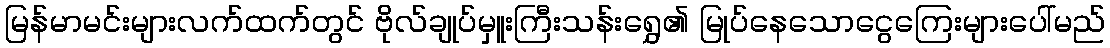
မြန်မာမင်းများလက်ထက်တွင် ဗိုလ်ချုပ်မှူးကြီးသန်းရွှေ၏ မြုပ်နေသောငွေကြေးများပေါ်မည်